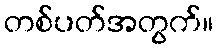
တစ်ပတ်အတွက်။